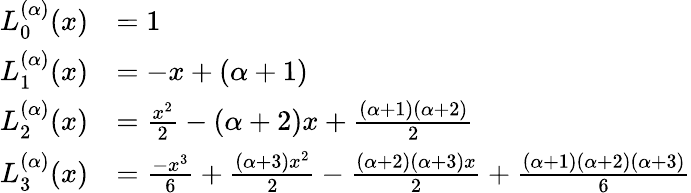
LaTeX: {\begin{array}{rl}{L_{0}^{(\alpha)}(x)}&{=1}\\ {L_{1}^{(\alpha)}(x)}&{=-x+(\alpha+1)}\\ {L_{2}^{(\alpha)}(x)}&{={\frac{x^{2}}{2}}-(\alpha+2)x+{\frac{(\alpha+1)(\alpha+2)}{2}}}\\ {L_{3}^{(\alpha)}(x)}&{={\frac{-x^{3}}{6}}+{\frac{(\alpha+3)x^{2}}{2}}-{\frac{(\alpha+2)(\alpha+3)x}{2}}+{\frac{(\alpha+1)(\alpha+2)(\alpha+3)}{6}}}\end{array}}